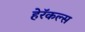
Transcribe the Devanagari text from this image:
हेरॅकल्स